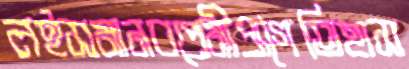
লইসমানবপ্রেমীপ্রাগৈতিহাস